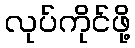
လုပ်ကိုင်ဖို့